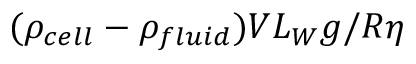
( \rho _ { c e l l } - \rho _ { f l u i d } ) V L _ { W } g / R \eta